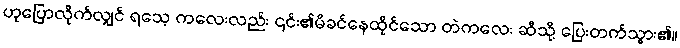
ဟုပြောလိုက်လျှင် ရသေ့ ကလေးလည်း ၎င်း၏မိခင်နေထိုင်သော တဲကလေး ဆီသို့ ပြေးတက်သွား၏။